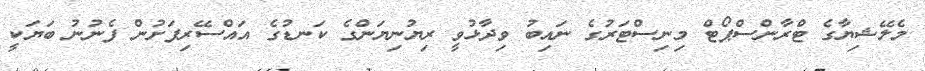
މެލޭޝިޔާގެ ޓްރާންސްޕޯޓް މިނިސްޓަރުގެ ނައިބު ވިދާޅުވީ ރިޔުނިޔަންގެ ކަނޑުގެ އައްސޭރިފަށުން ފެނުނު ބަޔަކީ